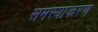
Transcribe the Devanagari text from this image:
समस्याकरण